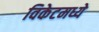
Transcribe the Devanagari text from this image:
विकेटमध्ये